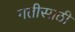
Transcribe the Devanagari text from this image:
गतीसाठी